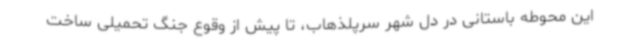
این محوطه باستانی در دل شهر سرپلذهاب، تا پیش از وقوع جنگ تحمیلی ساخت